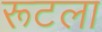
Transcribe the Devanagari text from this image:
रूटला